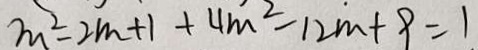
m ^ { 2 } - 2 m + 1 + 4 m ^ { 2 } - 1 2 m + 9 = 1